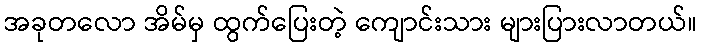
အခုတလော အိမ်မှ ထွက်ပြေးတဲ့ ကျောင်းသား များပြားလာတယ်။